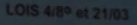
LOIS 4/89 at